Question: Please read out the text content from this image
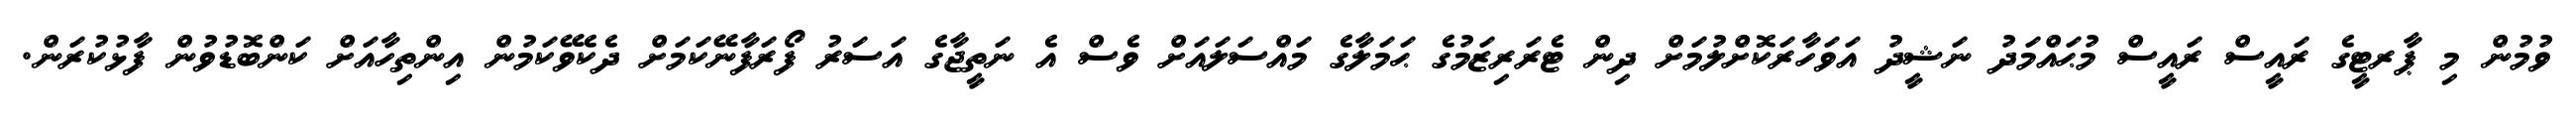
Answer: ވުމުން މި ޕާރޓީގެ ރައީސް ރައީސް މުޙައްމަދު ނަޝީދު އަވަހާރަކޮށްލުމަށް ދިން ޓެރަރިޒަމުގެ ޙަމަލާގެ މައްސަލައަށް ވެސް އެ ނަތީޖާގެ އަސަރު ފޯރަފާނޭކަމަށް ދެކެވޭކަމުން އިންތިހާއަށް ކަންބޮޑުވުން ފާޅުކުރަން.